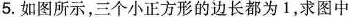
5.如图所示，三个小正方形的边长都为1，求图中